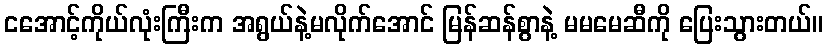
ငအောင့်ကိုယ်လုံးကြီးက အရွယ်နဲ့မလိုက်အောင် မြန်ဆန်စွာနဲ့ မမမေဆီကို ပြေးသွားတယ်။